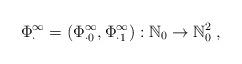
LaTeX: \begin{align*}\Phi_\cdot^\infty=(\Phi_{\cdot 0}^\infty,\Phi_{\cdot 1}^\infty): \mathbb{N}_0\rightarrow \mathbb{N}_0^2\;,\end{align*}